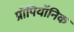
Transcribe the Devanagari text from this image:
प्रॉपियॉनिक